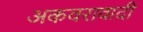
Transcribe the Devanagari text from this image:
अकवरावादी